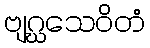
ဗျဂ္ဃသေဝိတံ